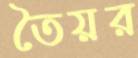
তৈয়র